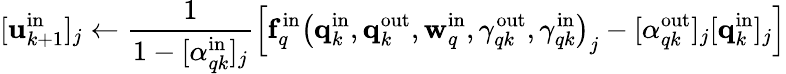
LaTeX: [\mathbf{u}_{k+1}^{\mathrm{in}}]_{j}\gets\frac{1}{1-[\alpha_{qk}^{\mathrm{in}}]_{j}}\left[\mathbf{f}_{q}^{\mathrm{in}}\left(\mathbf{q}_{k}^{\mathrm{in}},\mathbf{q}_{k}^{\mathrm{out}},\mathbf{w}_{q}^{\mathrm{in}},\gamma_{qk}^{\mathrm{out}},\gamma_{qk}^{\mathrm{in}}\right)_{j}-[\alpha_{qk}^{\mathrm{out}}]_{j}[\mathbf{q}_{k}^{\mathrm{in}}]_{j}\right]